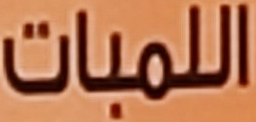
اللمبات